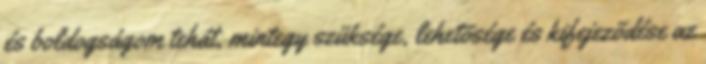
és boldogságom tehát, mintegy szüksége, lehetõsége és kifejezõdése az